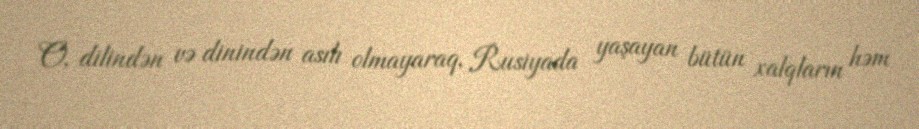
O, dilindən və dinindən asılı olmayaraq, Rusiyada yaşayan bütün xalqların həm